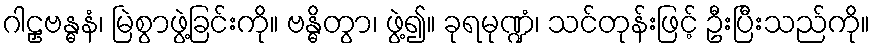
ဂါဠှဗန္ဓနံ၊ မြဲစွာဖွဲ့ခြင်းကို။ ဗန္ဓိတွာ၊ ဖွဲ့၍။ ခုရမုဏ္ဍံ၊ သင်တုန်းဖြင့် ဦးပြီးသည်ကို။